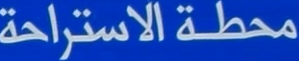
محطة الاستراحة